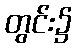
တွင်း၌